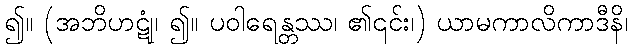
၍။ (အဘိဟဋုံ၊ ၍။ ပဝါရေန္တဿ၊ ၏၎င်း၊) ယာမကာလိကာဒီနိ၊